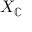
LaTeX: X _ { \mathbb { C } }